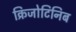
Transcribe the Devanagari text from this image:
क्रिजोटिनिब